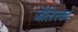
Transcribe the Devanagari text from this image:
जैलिस्को